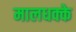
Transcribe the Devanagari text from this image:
मालधक्के